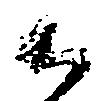
候